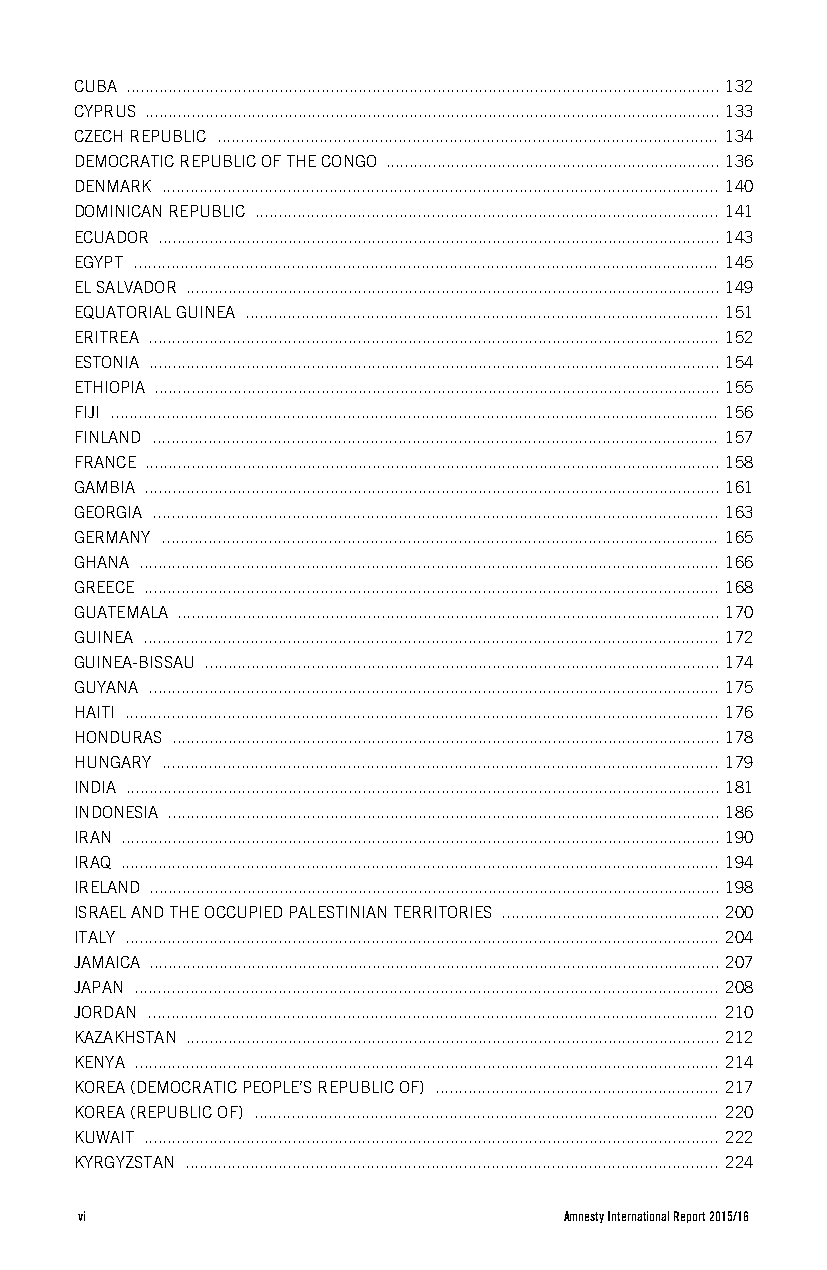
CUBA ................................................................................................................................ 132
 CYPRUS ............................................................................................................................ 133
 CZECH REPUBLIC ............................................................................................................ 134
 DEMOCRATIC REPUBLIC OF THE CONGO ........................................................................ 136
 DENMARK ........................................................................................................................ 140
 DOMINICAN REPUBLIC .................................................................................................... 141
 ECUADOR ......................................................................................................................... 143
 EGYPT .............................................................................................................................. 145
 EL SALVADOR ................................................................................................................... 149
 EQUATORIAL GUINEA ...................................................................................................... 151
 ERITREA ........................................................................................................................... 152
 ESTONIA ........................................................................................................................... 154
 ETHIOPIA .......................................................................................................................... 155
 FIJI ................................................................................................................................... 156
 FINLAND .......................................................................................................................... 157
 FRANCE ............................................................................................................................ 158
 GAMBIA ............................................................................................................................ 161
 GEORGIA .......................................................................................................................... 163
 GERMANY ........................................................................................................................ 165
 GHANA ............................................................................................................................. 166
 GREECE ............................................................................................................................ 168
 GUATEMALA ..................................................................................................................... 170
 GUINEA ............................................................................................................................ 172
 GUINEA-BISSAU ............................................................................................................... 174
 GUYANA ........................................................................................................................... 175
 HAITI ................................................................................................................................ 176
 HONDURAS ...................................................................................................................... 178
 HUNGARY ........................................................................................................................ 179
 INDIA ................................................................................................................................ 181
 INDONESIA ....................................................................................................................... 186
 IRAN ................................................................................................................................. 190
 IRAQ ................................................................................................................................. 194
 IRELAND ........................................................................................................................... 198
 ISRAEL AND THE OCCUPIED PALESTINIAN TERRITORIES ............................................... 200
 ITALY ................................................................................................................................ 204
 JAMAICA ........................................................................................................................... 207
 JAPAN .............................................................................................................................. 208
 JORDAN ........................................................................................................................... 210
 KAZAKHSTAN ................................................................................................................... 212
 KENYA .............................................................................................................................. 214
 KOREA (DEMOCRATIC PEOPLE’S REPUBLIC OF) ............................................................. 217
 KOREA (REPUBLIC OF) .................................................................................................... 220
 KUWAIT ............................................................................................................................ 222
 KYRGYZSTAN ................................................................................................................... 224
 vi                              Amnesty International Report 2015/16